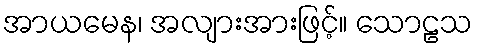
အာယမေန၊ အလျားအားဖြင့်။ သောဠသ